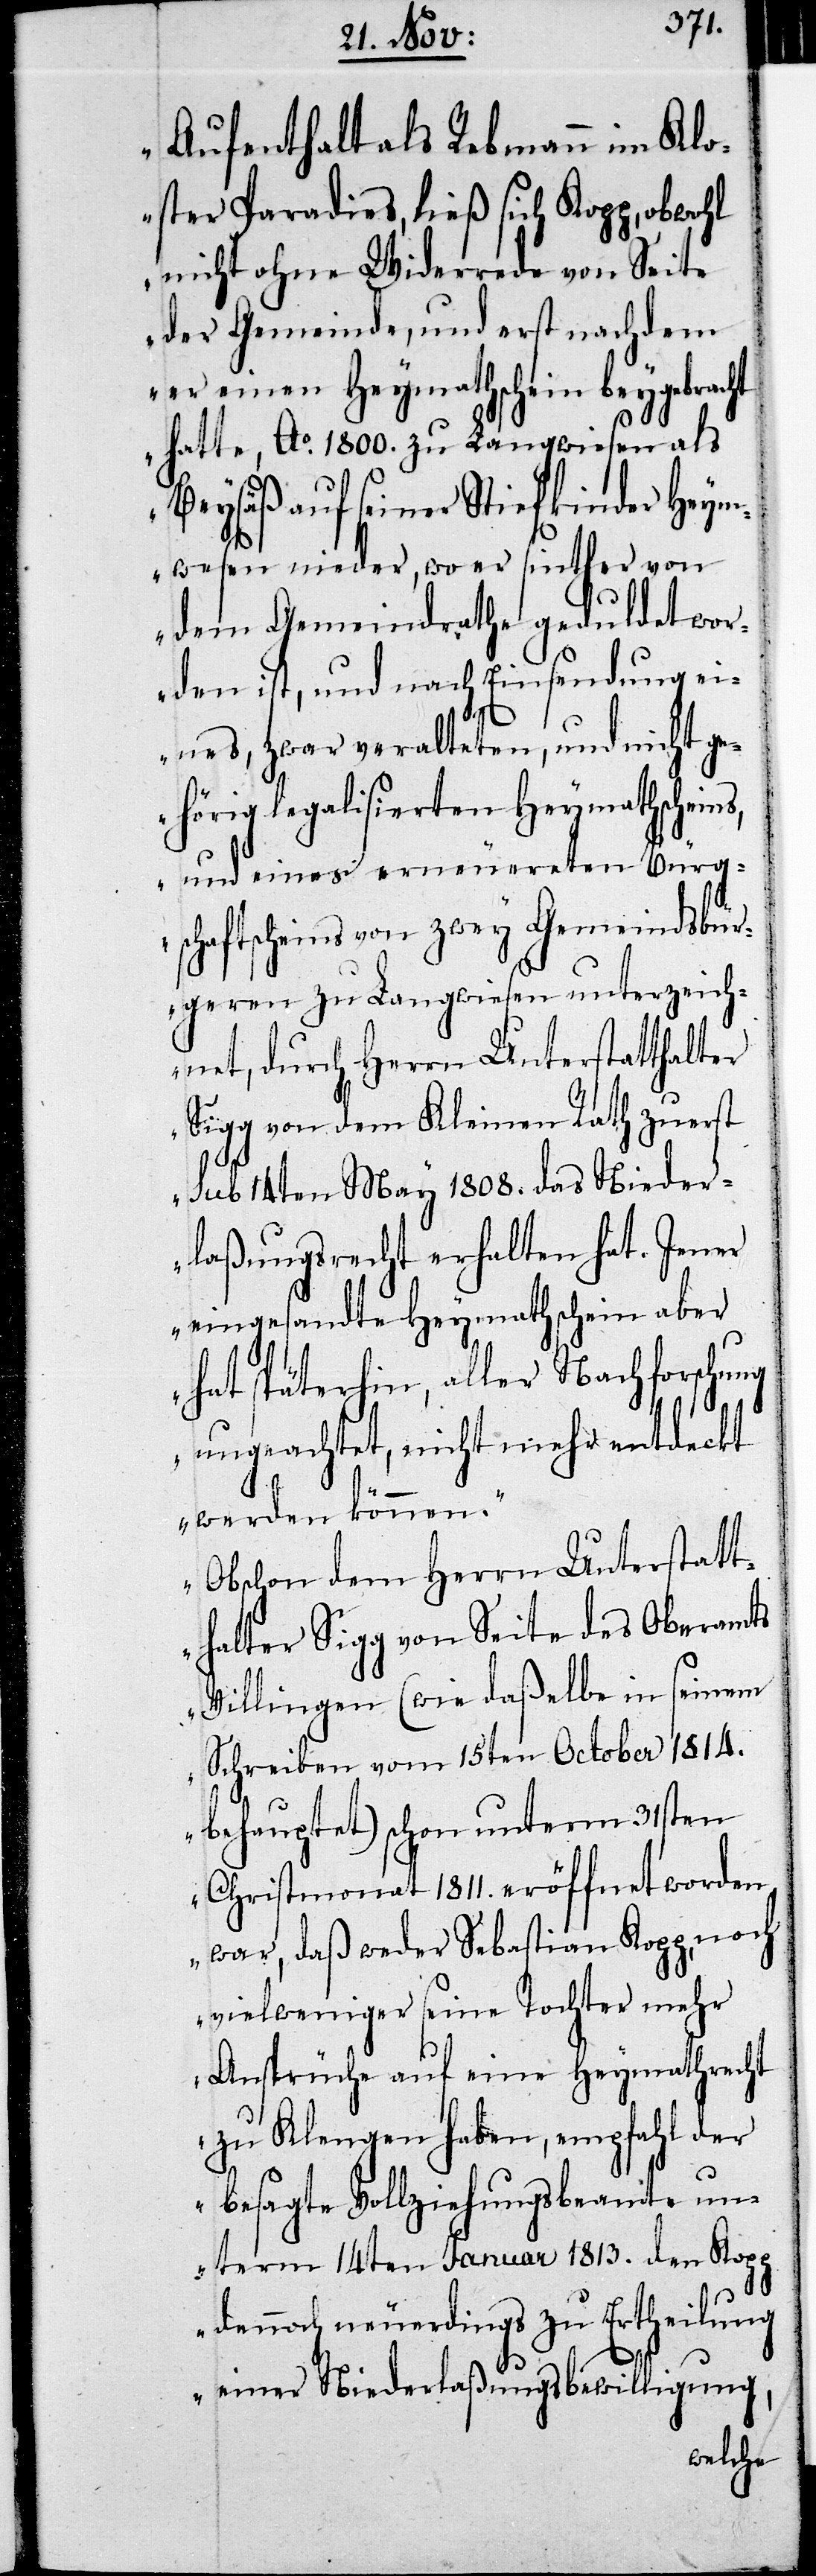
Aufenthalt als Rebmann im Klo¬
ster Paradies, ließ sich Kopp, obwohl
nicht ohne Widerrede von Seite
der Gemeinde, und erst nachdem
er einen Heymathschein beygebrac¬
hatte, Ao. 1800. zu Langwiesen als
Beysäß auf seiner Stiefkinder Heym¬
wesen nieder, wo er sinther von
dem Gemeinderathe geduldet wor¬
den ist, und nach Einsendung ei¬
ht
nes, zwar veralteten, und nicht g¬
ehörig legalisierten Heymathscheins,
und eines erneuereten Bürg¬
schaftscheins von zwey Gemeindebür¬
geren zu Langwiesen unterzeich¬
net, durch Herrn Unterstatthalter
Sigg von dem Kleinen Rath zuerst
sub 14ten May 1808. das Nieder¬
laßungsrecht erhalten hat. Jener
eingesandte Heymathschein aber
hat späterhin, aller Nachforschung
ungeachtet, nicht mehr entdeckt
werden können.
Obschon dem Herrn Unterstatt¬
halter Sigg von Seite des Oberamts
Villingen (wie daßelbe in seinem
Schreiben vom 15ten October 1814.
behauptet) schon unterm 31sten
Christmonath 1811. eröffnet worden
war, daß weder Sebastian Kopp, noch
viel weniger seine Tochter mehr
zu Klengen haben, empfahl der
besagte Vollziehungsbeamte un¬
term 14ten Januar 1813. den Kopp
dennoch neuerdings zu Ertheilung
einer Niederlaßungsbewilligung,